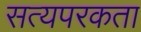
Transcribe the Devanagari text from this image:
सत्यपरकता